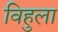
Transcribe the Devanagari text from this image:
विहुला